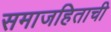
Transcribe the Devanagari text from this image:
समाजहिताची